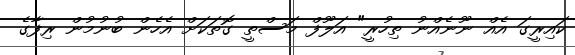
ކައިރީގަ އެއް ނޫނެއްނު ތިހުރީ" އަލޫފް މަސްތީ ގޮތަކަށް އެހެން ބުނުމުން ރިފާގެ